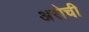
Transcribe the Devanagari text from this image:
अरोची